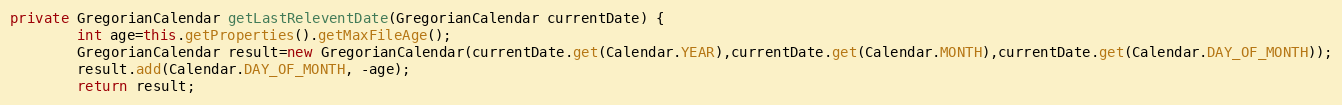
Language: Java
private GregorianCalendar getLastReleventDate(GregorianCalendar currentDate) {
		int age=this.getProperties().getMaxFileAge();
		GregorianCalendar result=new GregorianCalendar(currentDate.get(Calendar.YEAR),currentDate.get(Calendar.MONTH),currentDate.get(Calendar.DAY_OF_MONTH));
		result.add(Calendar.DAY_OF_MONTH, -age);
		return result;